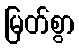
မြတ်စွာ